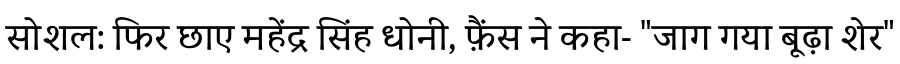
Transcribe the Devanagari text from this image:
सोशल: फिर छाए महेंद्र सिंह धोनी, फ़ैंस ने कहा- "जाग गया बूढ़ा शेर"